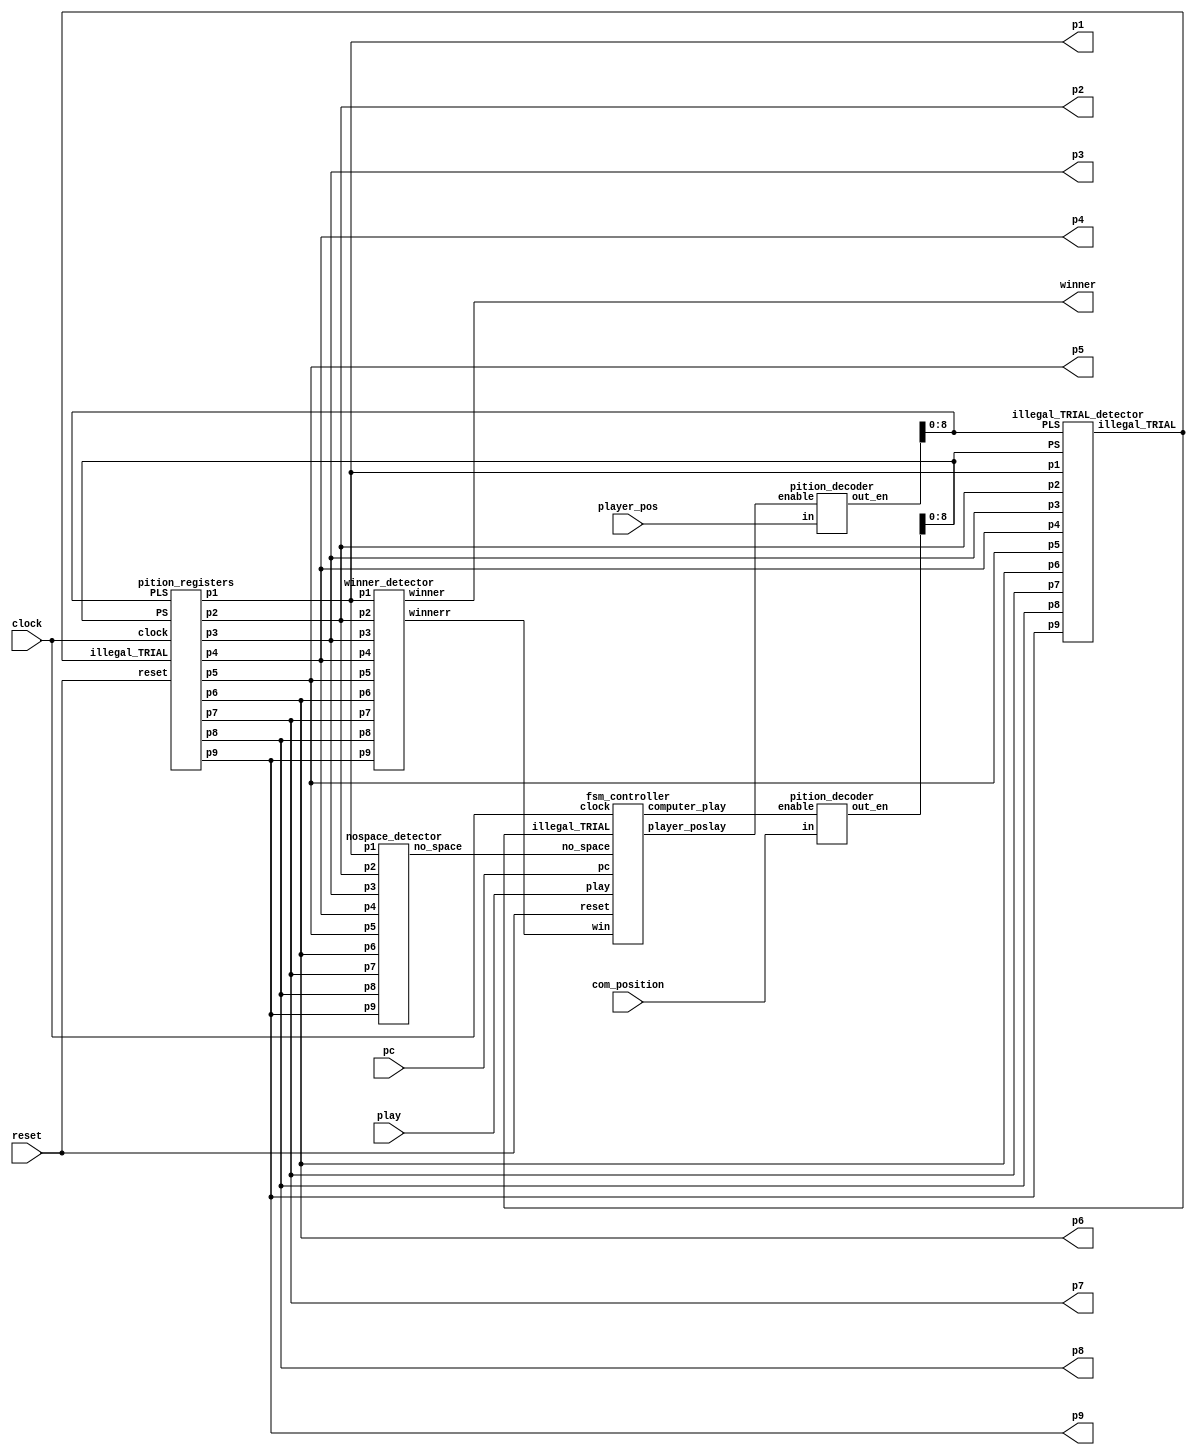
module tic_tac_toe_game(
     input clock, 
     input reset,  
     input play,  
     input pc,  
     input [3:0]  com_position,player_pos, 
     
     output wire [1:0] p1,p2,p3,
     p4,p5,p6,p7,p8,p9,
     
     output wire[1:0]winner
     
     );
 wire [15:0] PS;
 wire [15:0] PLS; 
 wire illegal_TRIAL; 
 wire win; 
 wire computer_play;  
 wire player_poslay; 
 wire no_space; 
 
  pition_registers pition_reg_unit(
      clock,  
      reset, 
      illegal_TRIAL, 
      PS[8:0], 
      PLS[8:0], 
      p1,p2,p3,p4,p5,p6,p7,p8,p9
      );
 
 winner_detector win_detect_unit(p1,p2,p3,p4,p5,p6,p7,p8,p9,win,winner);
  
 pition_decoder pd1( com_position,computer_play,PS);
  
 pition_decoder pd2(player_pos,player_poslay,PLS); 

  illegal_TRIAL_detector imd_MOD(
   p1,p2,p3,p4,p5,p6,p7,p8,p9, 
   PS[8:0], PLS[8:0], 
   illegal_TRIAL
   );
 
 nospace_detector nsd_MOD(
   p1,p2,p3,p4,p5,p6,p7,p8,p9, 
   no_space
    ); 
    
 fsm_controller tic_tac_toe_controller(
     clock,reset,play,pc,illegal_TRIAL, 
     no_space,win,computer_play, player_poslay 
     );    
endmodule 

module pition_registers(
      input clock,  
      input reset, 
      input illegal_TRIAL,  
      input [8:0] PS, 
      input [8:0] PLS,  
      output reg[1:0] p1,p2,p3,p4,p5,p6,p7,p8,p9
      );

 always @(posedge clock or posedge reset)
 begin
  if(reset) 
   p1 <= 2'b00;
  else begin
   if(illegal_TRIAL==1'b1)
    p1 <= p1;
   else if(PS[0]==1'b1)
    p1 <= 2'b10; 
   else if (PLS[0]==1'b1)
    p1 <= 2'b01;
   else 
    p1 <= p1;
  end 
 end 
 
 always @(posedge clock or posedge reset)
 begin
  if(reset) 
   p2 <= 2'b00;
  else begin
   if(illegal_TRIAL==1'b1)
    p2 <= p2;
   else if(PS[1]==1'b1)
    p2 <= 2'b10; 
   else if (PLS[1]==1'b1)
    p2 <= 2'b01;
   else 
    p2 <= p2;
  end 
 end 

 always @(posedge clock or posedge reset)
 begin
  if(reset) 
   p3 <= 2'b00;
  else begin
   if(illegal_TRIAL==1'b1)
    p3 <= p3;
   else if(PS[2]==1'b1)
    p3 <= 2'b10; 
   else if (PLS[2]==1'b1)
    p3 <= 2'b01;
   else 
    p3 <= p3;
  end 
 end  
 
 
 always @(posedge clock or posedge reset)
 begin
  if(reset) 
   p4 <= 2'b00;
  else begin
   if(illegal_TRIAL==1'b1)
    p4 <= p4;
   else if(PS[3]==1'b1)
    p4 <= 2'b10; 
   else if (PLS[3]==1'b1)
    p4 <= 2'b01;
   else 
    p4 <= p4;
  end 
 end 
 
 always @(posedge clock or posedge reset)
 begin
  if(reset) 
   p5 <= 2'b00;
  else begin
   if(illegal_TRIAL==1'b1)
    p5 <= p5;
   else if(PS[4]==1'b1)
    p5 <= 2'b10; 
   else if (PLS[4]==1'b1)
    p5 <= 2'b01;
   else 
    p5 <= p5;
  end 
 end 

 always @(posedge clock or posedge reset)
 begin
  if(reset) 
   p6 <= 2'b00;
  else begin
   if(illegal_TRIAL==1'b1)
    p6 <= p6;
   else if(PS[5]==1'b1)
    p6 <= 2'b10; 
   else if (PLS[5]==1'b1)
    p6 <= 2'b01;
   else 
    p6 <= p6;
  end 
 end 
 // pition 7 
 always @(posedge clock or posedge reset)
 begin
  if(reset) 
   p7 <= 2'b00;
  else begin
   if(illegal_TRIAL==1'b1)
    p7 <= p7;
   else if(PS[6]==1'b1)
    p7 <= 2'b10; 
   else if (PLS[6]==1'b1)
    p7 <= 2'b01;
   else 
    p7 <= p7;
  end 
 end 


 always @(posedge clock or posedge reset)
 begin
  if(reset) 
   p8 <= 2'b00;
  else begin
   if(illegal_TRIAL==1'b1)
    p8 <= p8;
   else if(PS[7]==1'b1)
    p8 <= 2'b10; 
   else if (PLS[7]==1'b1)
    p8 <= 2'b01;
   else 
    p8 <= p8;
  end 
 end 

 always @(posedge clock or posedge reset)
 begin
  if(reset) 
   p9 <= 2'b00;
  else begin
   if(illegal_TRIAL==1'b1)
    p9 <= p9;
   else if(PS[8]==1'b1)
    p9 <= 2'b10;  
   else if (PLS[8]==1'b1)
    p9 <= 2'b01; 
   else 
    p9 <= p9;
  end 
 end  
endmodule 


module fsm_controller(
     input clock,
     input reset,
     play, 
     pc,
     illegal_TRIAL,
     no_space, 
     win, 
     output reg computer_play,  
     player_poslay 
     );


parameter IDLE=2'b00;
parameter PLAYER=2'b01;
parameter COMPUTER=2'b10;
parameter GAME_DONE=2'b11;
reg[1:0] current_state, next_state;

always @(posedge clock or posedge reset) 
begin 
 if(reset)
  current_state <= IDLE;
 else 
  current_state <= next_state;
end 
 
always @(*)
 begin
 case(current_state)
 IDLE: begin 
  if(reset==1'b0 && play == 1'b1)
   next_state <= PLAYER; 
  else 
   next_state <= IDLE;
  player_poslay <= 1'b0;
  computer_play <= 1'b0;
 end 
 PLAYER:begin 
  player_poslay <= 1'b1;
  computer_play <= 1'b0;
  if(illegal_TRIAL==1'b0)
   next_state <= COMPUTER; 
  else 
   next_state <= IDLE;
 end 
 COMPUTER:begin 
  player_poslay <= 1'b0;
  if(pc==1'b0) begin 
   next_state <= COMPUTER;
   computer_play <= 1'b0;
  end
  else if(win==1'b0 && no_space == 1'b0)
  begin 
   next_state <= IDLE;
   computer_play <= 1'b1;
  end 
  else if(no_space == 1 || win ==1'b1)
  begin 
   next_state <= GAME_DONE;
   computer_play <= 1'b1;
  end  
 end 
 GAME_DONE:begin 
  player_poslay <= 1'b0;
  computer_play <= 1'b0; 
  if(reset==1'b1) 
   next_state <= IDLE;
  else 
   next_state <= GAME_DONE;  
 end 
 default: next_state <= IDLE; 
 endcase
 end
endmodule 

module nospace_detector(
   input [1:0] p1,p2,p3,p4,p5,p6,p7,p8,p9, 
   output wire no_space
    );
wire t1,t2,t3,t4,t5,t6,t7,t8,t9;
    
assign t1 = p1[1] | p1[0];
assign t2 = p2[1] | p2[0];
assign t3 = p3[1] | p3[0];
assign t4 = p4[1] | p4[0];
assign t5 = p5[1] | p5[0];
assign t6 = p6[1] | p6[0];
assign t7 = p7[1] | p7[0];
assign t8 = p8[1] | p8[0];
assign t9 = p9[1] | p9[0];

assign no_space =((((((((t1 & t2) & t3) & t4) & t5) & t6) & t7) & t8) & t9);
endmodule 


module illegal_TRIAL_detector(
   input [1:0] p1,p2,p3,p4,p5,p6,p7,p8,p9, 
   input [8:0] PS, PLS, 
   output wire illegal_TRIAL
   );
wire t1,t2,t3,t4,t5,t6,t7,t8,t9;
wire t11,t12,t13,t14,t15,t16,t17,t18,t19;
wire t21,t22;

 
assign t1 = (p1[1] | p1[0]) & PLS[0];
assign t2 = (p2[1] | p2[0]) & PLS[1];
assign t3 = (p3[1] | p3[0]) & PLS[2];
assign t4 = (p4[1] | p4[0]) & PLS[3];
assign t5 = (p5[1] | p5[0]) & PLS[4];
assign t6 = (p6[1] | p6[0]) & PLS[5];
assign t7 = (p7[1] | p7[0]) & PLS[6];
assign t8 = (p8[1] | p8[0]) & PLS[7];
assign t9 = (p9[1] | p9[0]) & PLS[8];

assign t11 = (p1[1] | p1[0]) & PS[0];
assign t12 = (p2[1] | p2[0]) & PS[1];
assign t13 = (p3[1] | p3[0]) & PS[2];
assign t14 = (p4[1] | p4[0]) & PS[3];
assign t15 = (p5[1] | p5[0]) & PS[4];
assign t16 = (p6[1] | p6[0]) & PS[5];
assign t17 = (p7[1] | p7[0]) & PS[6];
assign t18 = (p8[1] | p8[0]) & PS[7];
assign t19 = (p9[1] | p9[0]) & PS[8];

assign t21 =((((((((t1 | t2) | t3) | t4) | t5) | t6) | t7) | t8) | t9);
assign t22 =((((((((t11 | t12) | t13) | t14) | t15) | t16) | t17) | t18) | t19);

assign illegal_TRIAL = t21 | t22 ;
endmodule 

module pition_decoder(input[3:0] in, input enable, output wire [15:0] out_en);
 reg[15:0] t1;
 assign out_en = (enable==1'b1)?t1:16'd0;
 always @(*)
 begin
 case(in)
 4'd0: t1 <= 16'b0000000000000001;
 4'd1: t1 <= 16'b0000000000000010; 
 4'd2: t1 <= 16'b0000000000000100;
 4'd3: t1 <= 16'b0000000000001000;
 4'd4: t1 <= 16'b0000000000010000;
 4'd5: t1 <= 16'b0000000000100000;
 4'd6: t1 <= 16'b0000000001000000;
 4'd7: t1 <= 16'b0000000010000000;
 4'd8: t1 <= 16'b0000000100000000;
 4'd9: t1 <= 16'b0000001000000000;
 4'd10: t1 <= 16'b0000010000000000;
 4'd11: t1 <= 16'b0000100000000000;
 4'd12: t1 <= 16'b0001000000000000;
 4'd13: t1 <= 16'b0010000000000000;
 4'd14: t1 <= 16'b0100000000000000;
 4'd15: t1 <= 16'b1000000000000000;
 default: t1 <= 16'b0000000000000001; 
 endcase 
end 
endmodule 

module winner_detector(input [1:0] p1,p2,p3,p4,p5,p6,p7,p8,p9, output wire winnerr, output wire [1:0]winner);
wire win1,win2,win3,win4,win5,win6,win7,win8;
wire [1:0] winner1,winner2,winner3,winner4,winner5,winner6,winner7,winner8;
winner_detect_3 u1(p1,p2,p3,win1,winner1);
winner_detect_3 u2(p4,p5,p6,win2,winner2);
winner_detect_3 u3(p7,p8,p9,win3,winner3);
winner_detect_3 u4(p1,p4,p7,win4,winner4);
winner_detect_3 u5(p2,p5,p8,win5,winner5);
winner_detect_3 u6(p3,p6,p9,win6,winner6);
winner_detect_3 u7(p1,p5,p9,win7,winner7);
winner_detect_3 u8(p3,p5,p6,win8,winner8);
assign winnerr = (((((((win1 | win2) | win3) | win4) | win5) | win6) | win7) | win8);
assign winner = (((((((winner1 | winner2) | winner3) | winner4) | winner5) | winner6) | winner7) | winner8);
endmodule 

module winner_detect_3(input [1:0] p0,p1,p2, output wire winnerr, output wire [1:0]winner);
wire [1:0] t0,t1,t2;
wire t3;
assign t0[1] = !(p0[1]^p1[1]);
assign t0[0] = !(p0[0]^p1[0]);
assign t1[1] = !(p2[1]^p1[1]);
assign t1[0] = !(p2[0]^p1[0]);
assign t2[1] = t0[1] & t1[1];
assign t2[0] = t0[0] & t1[0];
assign t3 = p0[1] | p0[0];

assign winnerr = t3 & t2[1] & t2[0];

assign winner[1] = winnerr & p0[1];
assign winner[0] = winnerr & p0[0];
endmodule